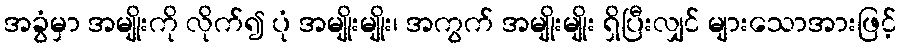
အခွံမှာ အမျိုးကို လိုက်၍ ပုံ အမျိုးမျိုး၊ အကွက် အမျိုးမျိုး ရှိပြီးလျှင် များသောအားဖြင့်